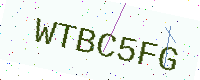
Text: WTBC5FG